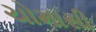
ચોમાસી